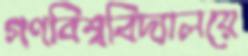
গণবিশ্ববিদ্যালয়ে